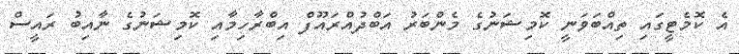
އެ ކޮމެޓީގައި ތިއްބަވަނީ ކޮމިޝަނުގެ މެންބަރު އަބްދުއްރައޫފް އިބްރާހިމާއި ކޮމިޝަނުގެ ނާއިބު ރައީސް